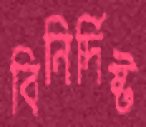
বিনির্দিষ্ট